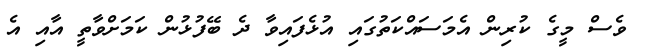
ވެސް މީގެ ކުރިން އެމަސައްކަތުގައި އުޅެފައިވާ ދެ ބޭފުޅުން ކަމަށްވާތީ އާއި އެ